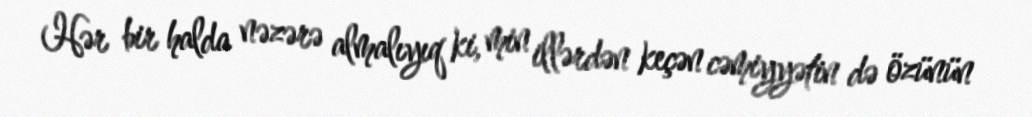
Hər bir halda nəzərə almalıyıq ki, min illərdən keçən cəmiyyətin də özünün